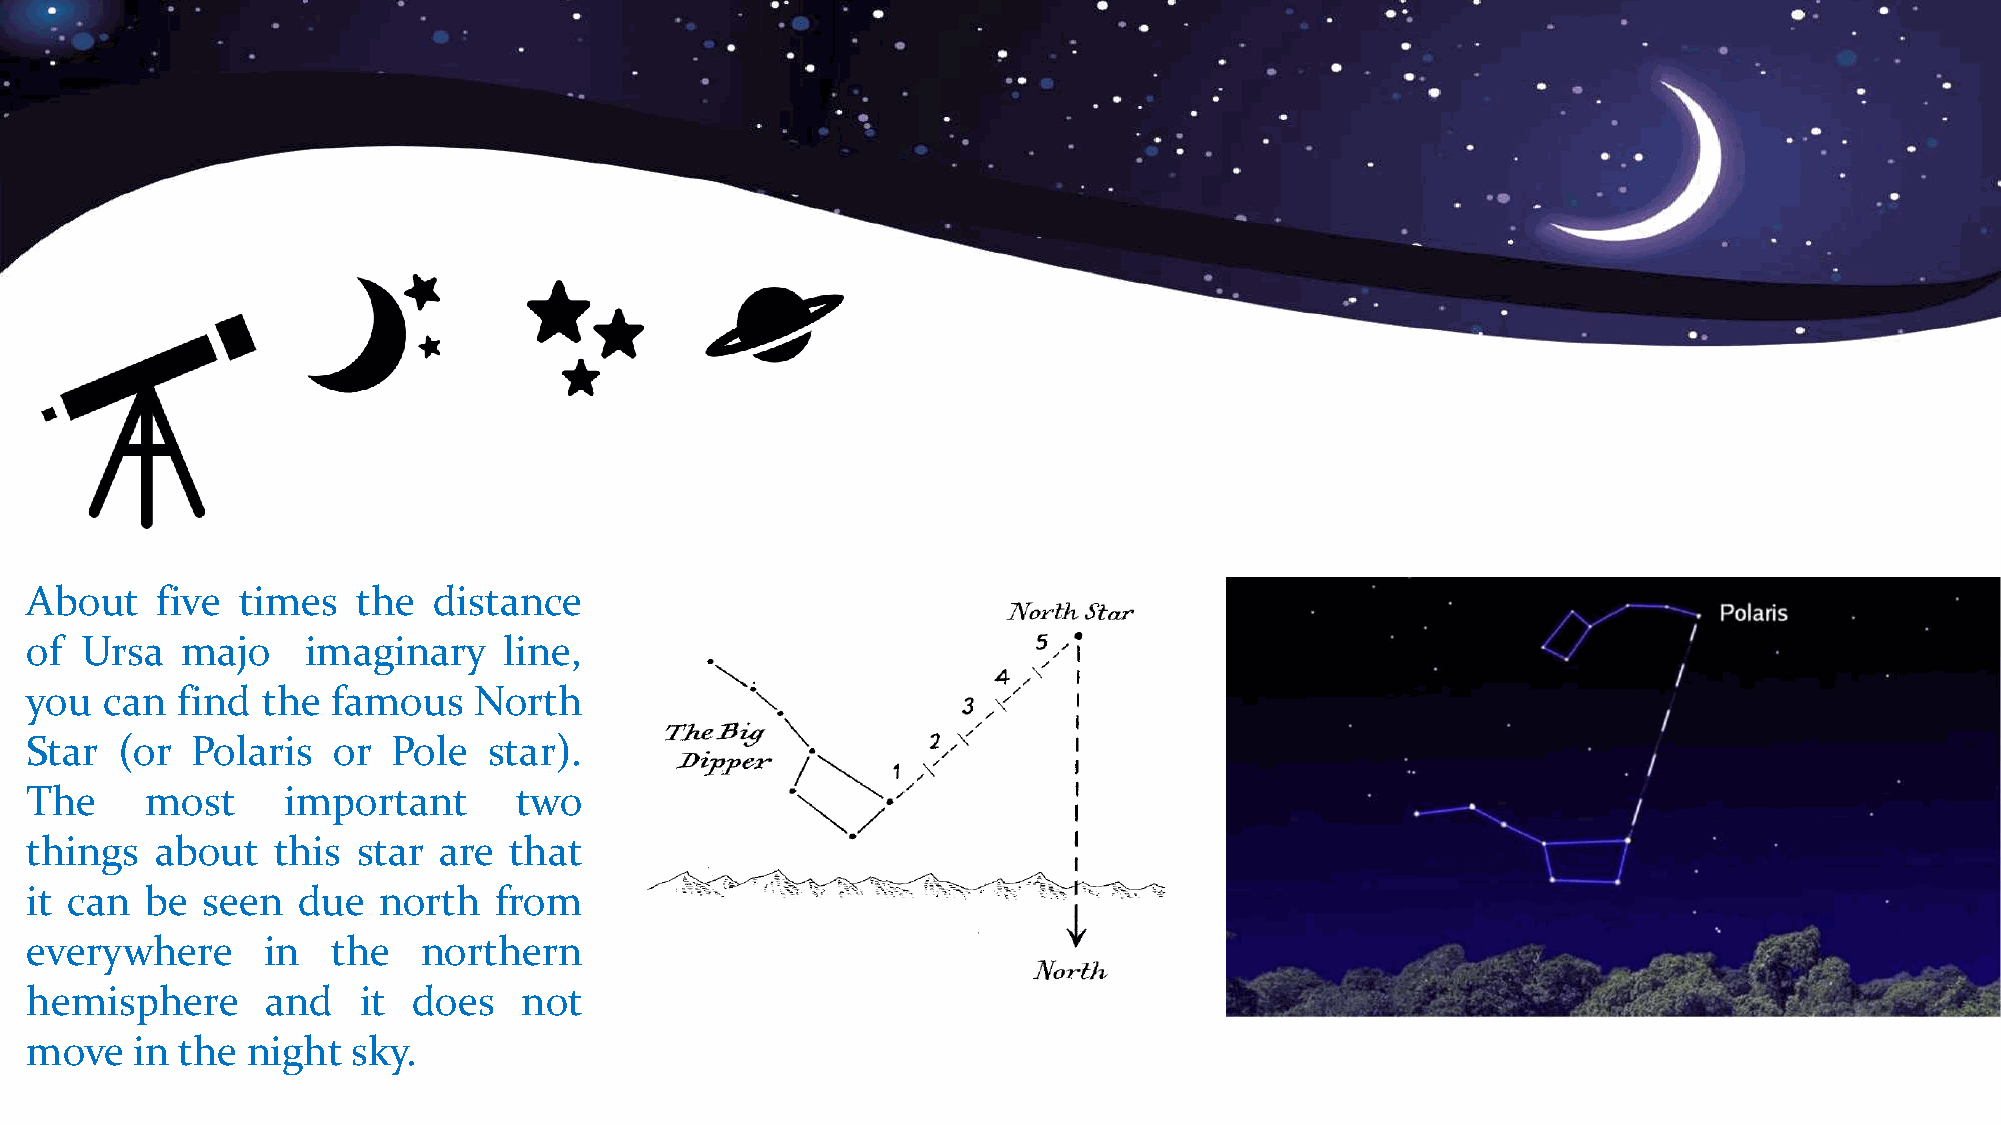
About   five  times   the  distance
 of Ursa   majo    imaginary    line,
 you  can  find the  famous   North
 Star  (or  Polaris  or  Pole  star).
 The     most     important      two
 things  about   this  star are  that
 it can  be seen   due  north   from
 everywhere     in   the   northern
 hemisphere      and   it does   not
 move   in the night  sky.